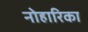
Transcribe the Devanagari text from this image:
नोहारिका